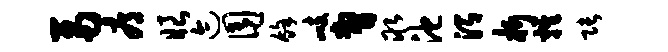
鬲辱眼迹囿余峙瞥取池渭析鸡张